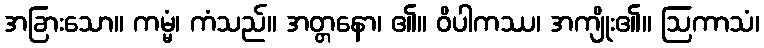
အခြားသော။ ကမ္မံ၊ ကံသည်။ အတ္တနော၊ ၏။ ဝိပါကဿ၊ အကျိုး၏။ ဩကာသံ၊